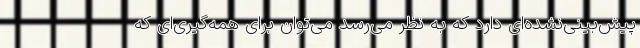
پیش‌بینی‌نشده‌ای دارد که به نظر می‌رسد می‌توان برای همه‌گیری‌ای که